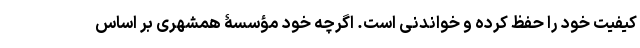
کیفیت خود را حفظ کرده و خواندنی است. اگرچه خود مؤسسۀ همشهری بر اساس